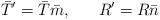
LaTeX: \begin{align*}\bar{T}' = \bar{T} \bar{m},~~~~~R' = R \bar{n}\end{align*}